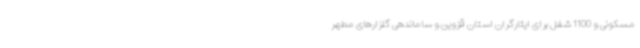
مسکونی و 1100 شغل برای ایثارگران استان قزوین و ساماندهی گلزارهای مطهر